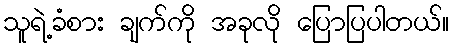
သူရဲ့ခံစား ချက်ကို အခုလို ပြောပြပါတယ်။